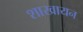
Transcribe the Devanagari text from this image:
शाखायन